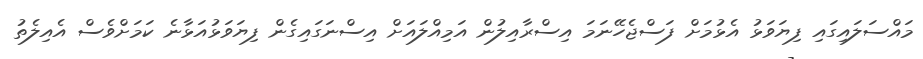
މައްސަލައިގައި ފިޔަވަޅު އެޅުމަށް ފަސްޖެހޭނަމަ އިސްރާއިލުން އަމިއްލައަށް އިސްނަގައިގެން ފިޔަވަަޅުއަޅާނެ ކަމަށްވެސް އެއިލެތު